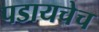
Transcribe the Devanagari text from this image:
पडायचेच